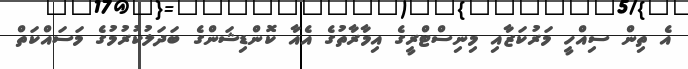
އެ ތިން ސިއްހީ މަރުކަޒާއި މިނިސްޓްރީގެ އިމާރާތުގެ އެއާ ކޮންޑިޝަންގެ ބަދަލުކުރުމުގެ މަސައްކަތް